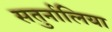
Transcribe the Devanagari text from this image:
सतुर्नालिया